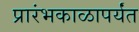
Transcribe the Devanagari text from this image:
प्रारंभकाळापर्यंत